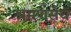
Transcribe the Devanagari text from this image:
श्रमणसंघ